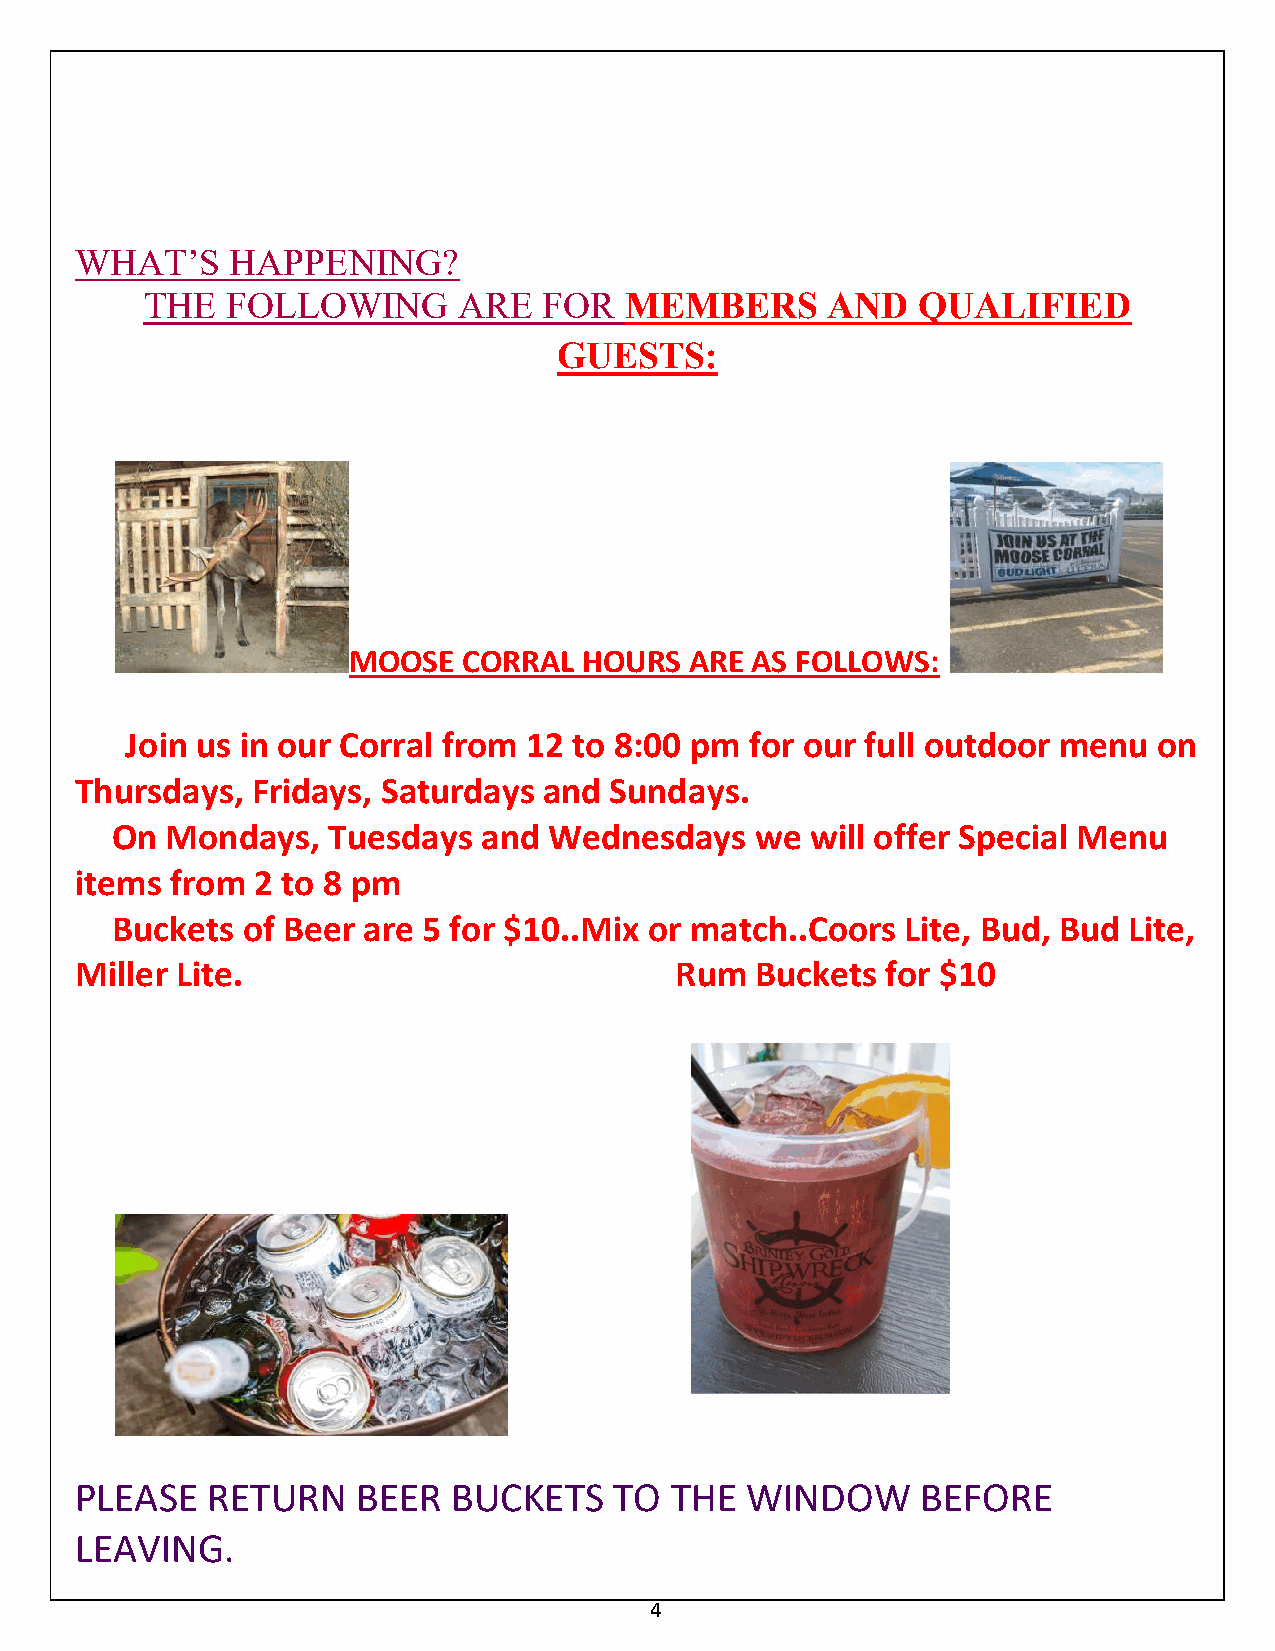
WHAT’S    HAPPENING?
 THE  FOLLOWING      ARE   FOR  MEMBERS       AND   QUALIFIED
 GUESTS:
 MOOSE   CORRAL  HOURS  ARE AS FOLLOWS:
 Join us in our Corral from 12 to 8:00 pm  for our full outdoor menu  on
 Thursdays,  Fridays, Saturdays and Sundays.
 On  Mondays,   Tuesdays  and Wednesdays    we  will offer Special Menu
 items from  2 to 8 pm
 Buckets  of Beer are 5 for $10..Mix or match..Coors  Lite, Bud, Bud Lite,
 Miller Lite.                            Rum  Buckets  for $10
 PLEASE   RETURN    BEER  BUCKETS    TO THE  WINDOW      BEFORE
 LEAVING.
 4